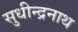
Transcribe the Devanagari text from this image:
सुधीन्द्रनाथ